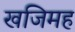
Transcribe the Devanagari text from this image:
खजिमह